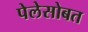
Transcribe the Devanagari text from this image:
पेलेसोबत